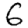
Digit: 6